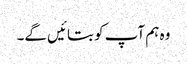
وہ ہم آپ کو بتائیں گے۔